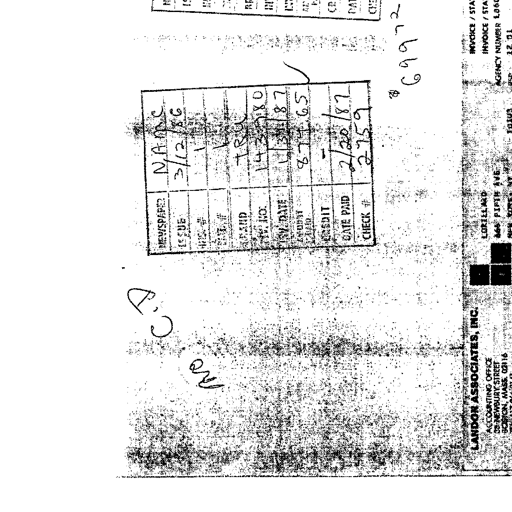
Transcript:
NEWSPAPER NAMC
ISSUE 3/12/86
BRAND TRU
INV. NO. 143780
INV. DATE 1/31/87
AMOUNT 874.65
CREDIT
DATE PAID 2/20/87
CHECK # 2759
69972
No C.P.
LANDON ASSOCIATES, INC.
ACCOUNTING OFFICE
33 NEWBURY STREET
BOSTON, MASS. 02116
LORILLARD
666 FIFTH AVE.
INVOICE / STA
INVOICE / STA
AGENCY NUMBER